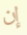
إن